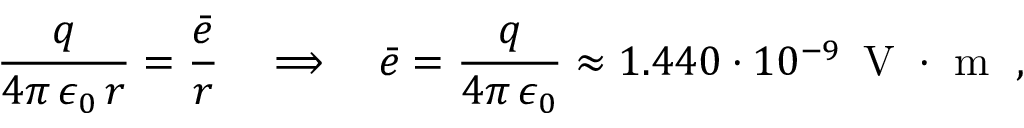
\frac { q } { 4 \pi \, \epsilon _ { 0 } \, r } = \frac { \bar { e } } { r } \quad \Longrightarrow \quad \bar { e } = \frac { q } { 4 \pi \, \epsilon _ { 0 } } \approx 1 . 4 4 0 \cdot 1 0 ^ { - 9 } \, \mathrm { ~ V ~ } \cdot \mathrm { ~ m ~ } \; ,